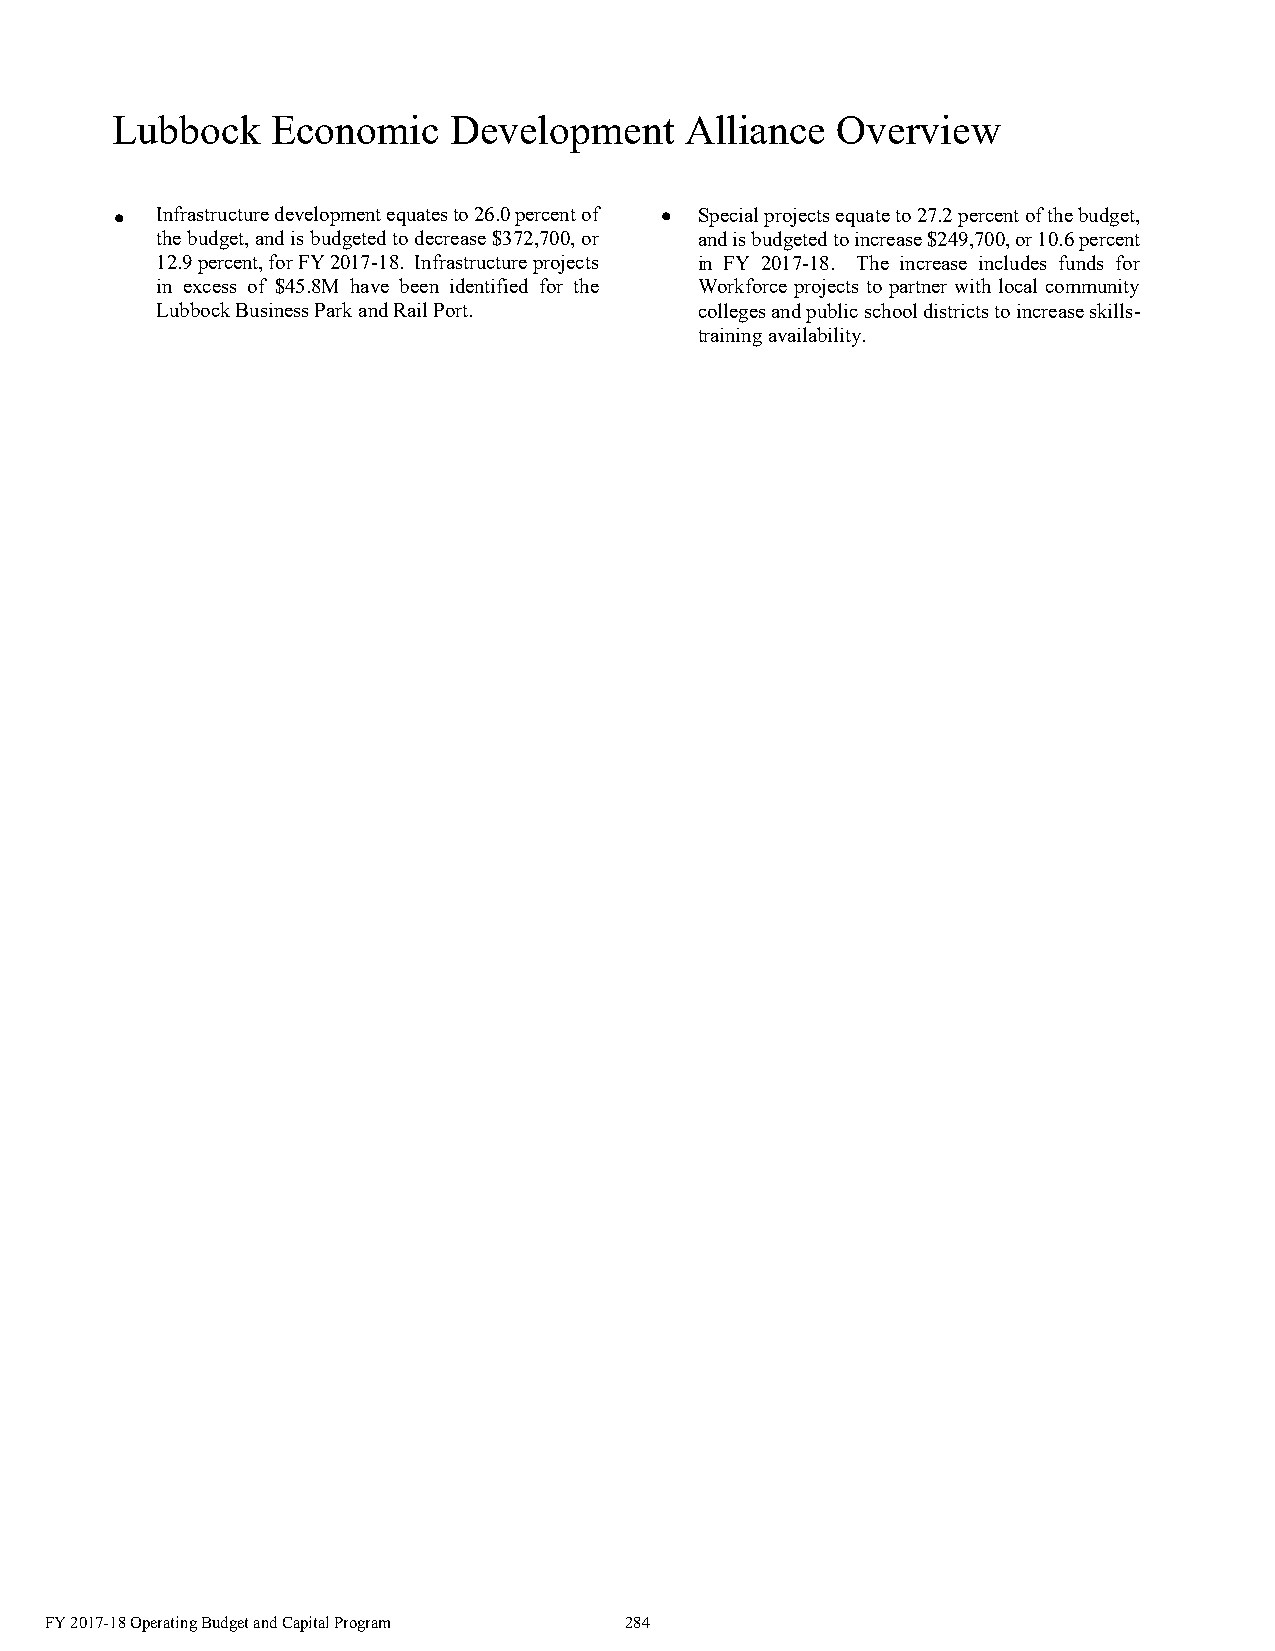
Lubbock    Economic    Development    Alliance  Overview
  Infrastructure development equates to 26.0 percent of  Special projects equate to 27.2 percent of the budget,
 the budget, and is budgeted to decrease $372,700, or and is budgeted to increase $249,700, or 10.6 percent
 12.9 percent, for FY 2017-18. Infrastructure projects in FY 2017-18. The increase includes funds for
 in excess of $45.8M have been identified for the Workforce projects to partner with local community
 Lubbock Business Park and Rail Port. colleges and public school districts to increase skills-
 training availability.
 FY 2017-18 Operating Budget and Capital Program 284